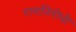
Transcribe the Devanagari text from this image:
रागनिरोधी